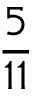
\frac { 5 } { 1 1 }